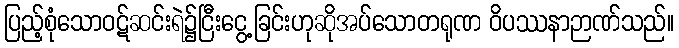
ပြည့်စုံသောဝဋ်ဆင်းရဲ၌ငြီးငွေ့ခြင်းဟုဆိုအပ်သောတရုဏ ဝိပဿနာဉာဏ်သည်။